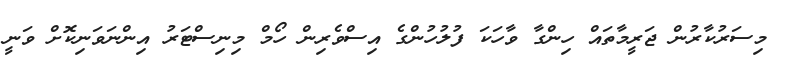
މިސަރުކާރުން ޖަރީމާތައް ހިންގާ ވާހަކަ ފުލުހުންގެ އިސްވެރިން ހޯމް މިނިސްޓަރު އިންނަވަނިކޮށް ވަނީ